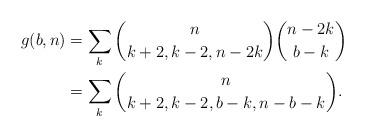
LaTeX: \begin{align*}g(b,n)&=\sum_k{n\choose k+2,k-2,n-2k}{n-2k\choose b-k}\\&=\sum_k{n\choose k+2,k-2,b-k,n-b-k}.\end{align*}